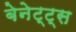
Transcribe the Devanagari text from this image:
बेनेट्ट्स